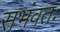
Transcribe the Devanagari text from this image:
सभंवतः